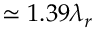
\simeq 1 . 3 9 \lambda _ { r }